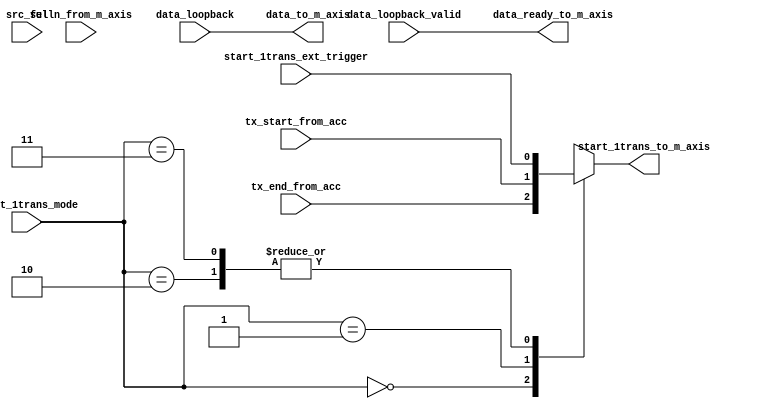
module tx_intf_pl_to_m_axis #
	(
		parameter integer C_M00_AXIS_TDATA_WIDTH = 64
	)
	(
	    // to m_axis and PS
	    output wire start_1trans_to_m_axis,
	    output wire [(C_M00_AXIS_TDATA_WIDTH-1) : 0] data_to_m_axis,
	    output wire data_ready_to_m_axis,
	    input wire fulln_from_m_axis,
	    
	    // start m_axis trans mode
	    input wire [1:0] start_1trans_mode,
	    input wire start_1trans_ext_trigger,
	    input wire src_sel,
	    
	    // from wifi rx
        input wire tx_start_from_acc,
        input wire tx_end_from_acc,
        
        input wire [(C_M00_AXIS_TDATA_WIDTH-1) : 0] data_loopback,
        input wire data_loopback_valid
	);

    assign start_1trans_to_m_axis = start_1trans_to_m_axis_reg;
    reg start_1trans_to_m_axis_reg;

    always @( start_1trans_mode,tx_start_from_acc,tx_end_from_acc,start_1trans_ext_trigger)
    begin
       case (start_1trans_mode)
          2'b00 : begin
                        start_1trans_to_m_axis_reg = tx_end_from_acc;
                   end
          2'b01 : begin
                        start_1trans_to_m_axis_reg = tx_start_from_acc;
                   end
          2'b10 : begin
                        start_1trans_to_m_axis_reg = start_1trans_ext_trigger;
                   end
          2'b11 : begin
                        start_1trans_to_m_axis_reg = start_1trans_ext_trigger;
                   end
          default: begin
                        start_1trans_to_m_axis_reg = start_1trans_ext_trigger;
                   end
       endcase
    end

	assign data_to_m_axis = (src_sel==1'b0)?data_loopback:data_loopback;
    assign data_ready_to_m_axis = (src_sel==1'b0)?data_loopback_valid:data_loopback_valid;

	endmodule